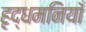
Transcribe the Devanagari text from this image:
हृद्धमनियाँ